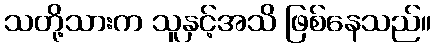
သတို့သားက သူနှင့်အသိ ဖြစ်နေသည်။